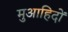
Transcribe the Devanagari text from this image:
मुआहिदों